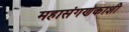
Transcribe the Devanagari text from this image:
महासंगणकाशी